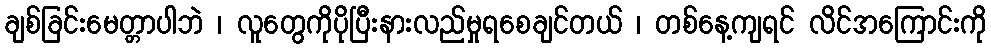
ချစ်ခြင်းမေတ္တာပါဘဲ ၊ လူတွေကိုပိုပြီးနားလည်မှုရစေချင်တယ် ၊ တစ်နေ့ကျရင် လိင်အကြောင်းကို